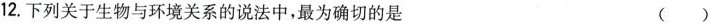
12.下列关于生物与环境关系的说法中，最为确切的是 ( )